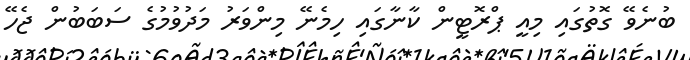
ބުނެވޭ ގޮތުގައި މިއީ ޕްރޮޓީން ކާނާގައި ހިމެނޭ މިންވަރު މަދުވުމުގެ ސަބަބުން ޖެހޭ